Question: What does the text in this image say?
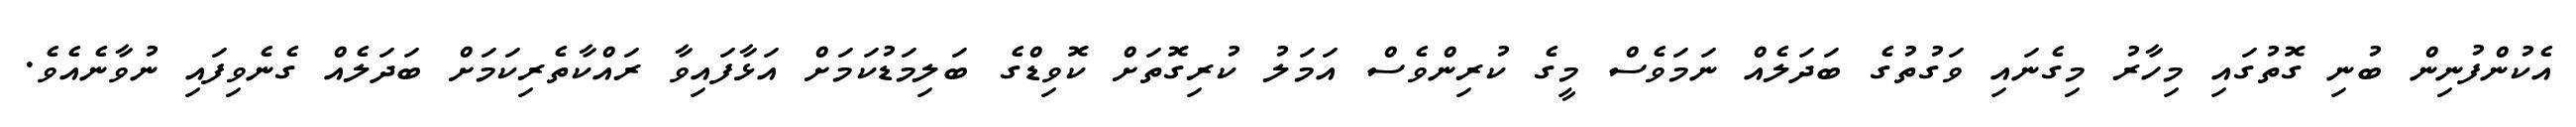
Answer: އެކުންފުނިން ބުނި ގޮތުގައި މިހާރު މިގެނައި ވަގުތުގެ ބަދަލެއް ނަމަވެސް މީގެ ކުރިންވެސް އަމަލު ކުރިގޮތަށް ކޮވިޑްގެ ބަލިމަޑުކަމަށް އަޅާފައިވާ ރައްކާތެރިކަމަށް ބަދަލެއް ގެނެވިފައި ނުވާނެއެވެ.